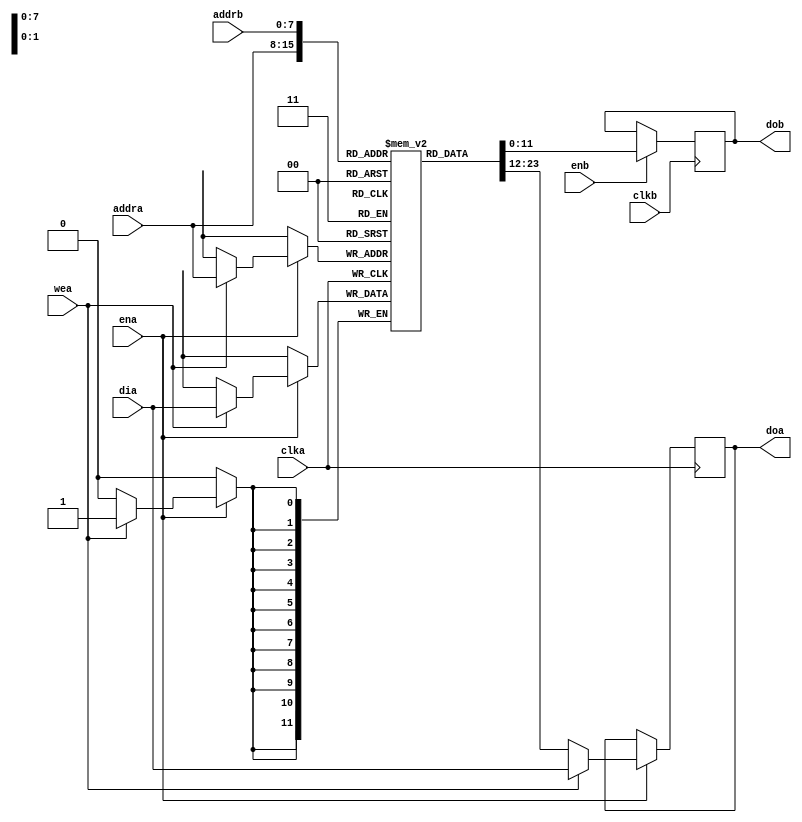
//FPGA RAM used by the event builder to buffer tracker and energy data
//Dual ported RAM with one write port
//R. Johnson
module EvtBufRAM (clka, clkb, ena, enb, wea, addra, addrb, dia, doa, dob);
input clka, clkb;
input wea;                  //Write enable
input ena, enb;             //Primary and secondary read enables
input [7:0] addra, addrb;   //Addresses for the primary and secondary ports
input [11:0] dia;           //Input data register to write to memory
output [11:0] doa, dob;     //Output registers for the two ports
reg [11:0] RAM [255:0];     //Memory array
reg [11:0] dob, doa;

always @(posedge clka)
begin
	if (ena)
	begin
		if (wea) begin
			RAM[addra]<=dia;  
			doa <= dia;
//			$display("%g\t EvtBufRAM: storing %b in address %d",$time,dia,addra);
		end else doa <= RAM[addra];        //Write first, then read
	end
end

always @(posedge clkb)
begin
	if (enb)
	begin
		dob <= RAM[addrb];
//		$display("%g\t EvtBufRAM: reading %b from address %d",$time,RAM[addrb],addrb);
	end
end
endmodule